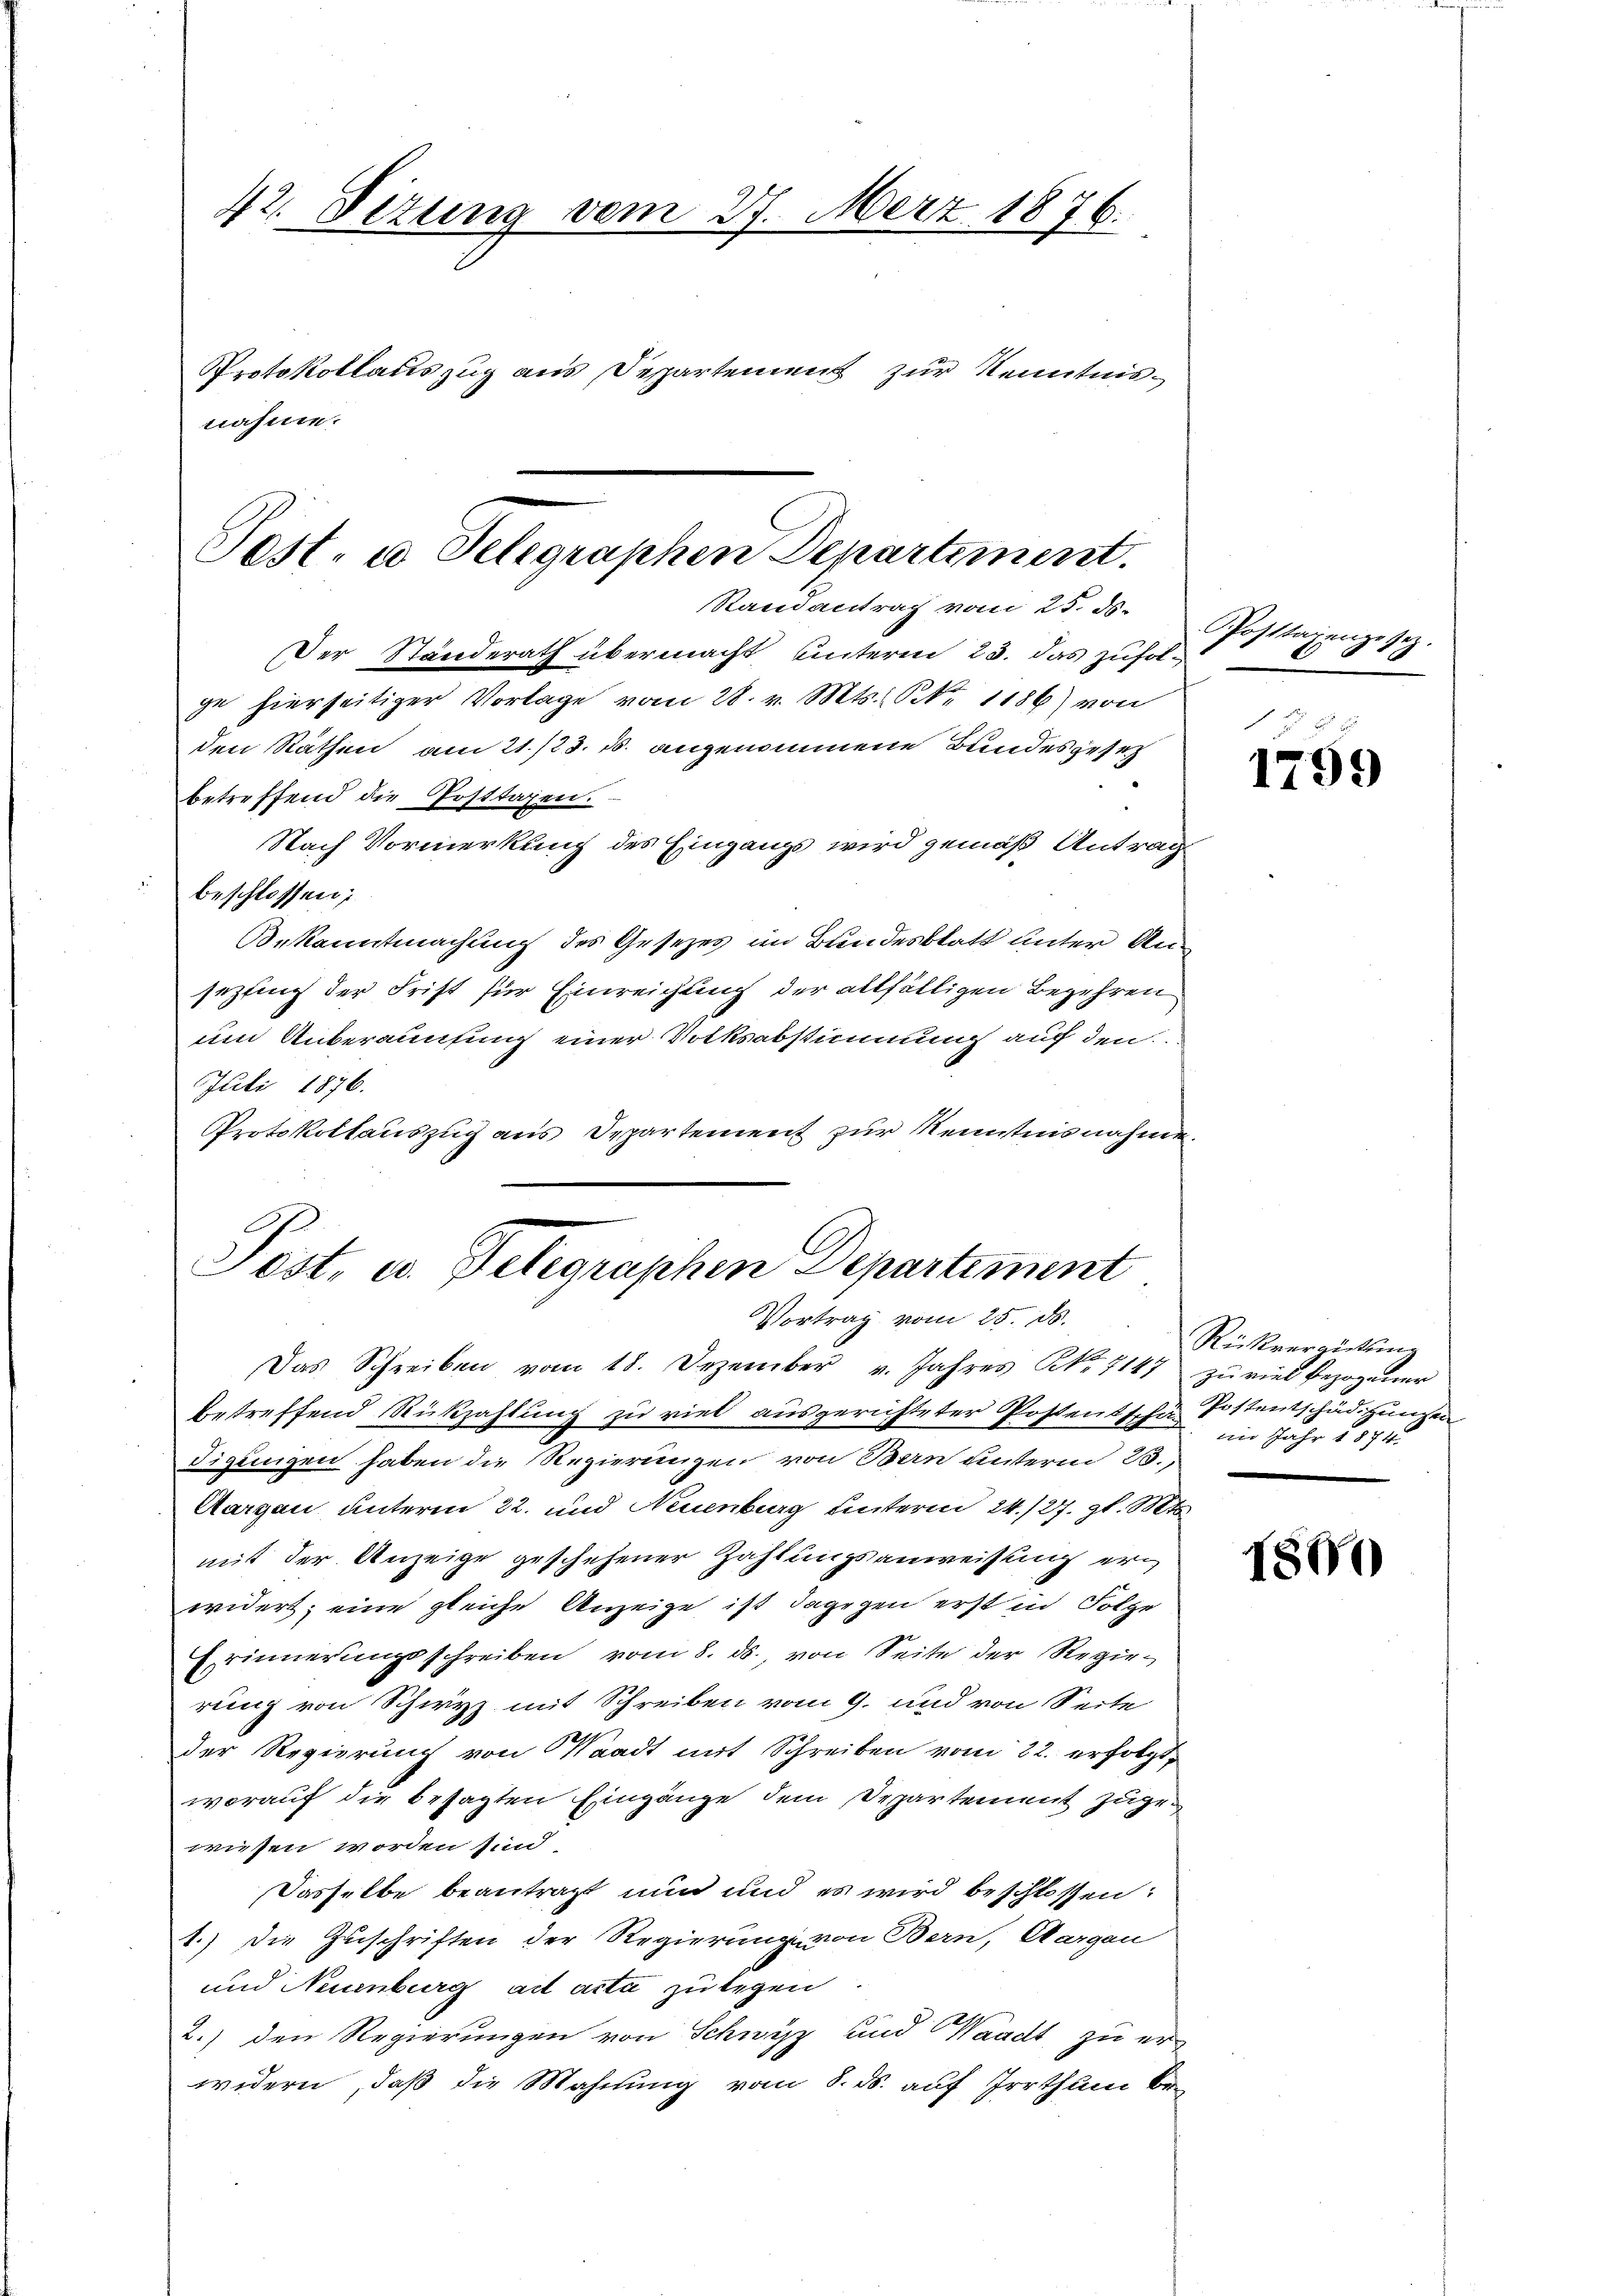
42. Sizung vom 27. März 1878.
6.
Protokollauszug aus Departement zur Kenntnisnahme.

Der Standerath übermacht unterm 23. das zufolge hierseitiger Vorlage vom 28. v. Mts. Nr. 1186) von
den Räthen am 21./23. ds. angenommene Bundesgesetz
betreffend die Posttagen.
Nach Vormerkung des Eingangs wird gemäß Antrag
beschlossen;
Bekanntmachung des Gesezes im Bundesblatt unter Ansezting der Frist für Einreichung der allfälligen Begehren
um Anberaunfung einer Volksabstimmung auch den
Juli 1876.
Protokollauszug aus Departement zur Kenntnisnahme.

Post- u Telegraphen Departement.
Randantrag vom 25. ds.

Post, u. Telegraphen Departement
Vortrag vom 25. ds.

Das Schreiben vom 18. Dezember v. Jahres Nr. 7147 zu viel bezogener
betreffend Rückzahlung zu viel ausgerichteter Postentsche Postentschädigungen
digungen haben die Regierungen von Bern unterm 23.,
Aargau unterm 22. und Neuenburg unterm 24./27. gl. Mts.
mit der Anzeige geschehener Zahlungsanweisung erwidert; eine gleiche Anzeige ist dagegen erst in Folge
Erinnerungsschreiben vom 8. ds., von Seite der Regierung von Schwyz mit Schreiben vom 9. und von Seite
der Regierung von Waadt mit Schreiben vom 22. erfolgt,
worauf die besagten Eingänge dem Departement zugewiesen worden sind,
Dasselbe beantragt nun und es wird beschlossen:
1.) Die Zuschriften der Regierung von Bern, Aargau
und Neuenburg ad acta zu legen
2.) den Regierungen von Schwyz und Waadt, zu er-
widern, daß die Mahnung vom 8. ds. auf Irrthum be¬

Posttagengesez.

1799

Rückvergütung
im Jahr 1874.

1800